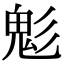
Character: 鬽